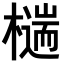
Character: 𣛹